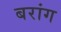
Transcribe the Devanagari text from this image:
बरांग